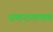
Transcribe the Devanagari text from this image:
सकरामत्मक